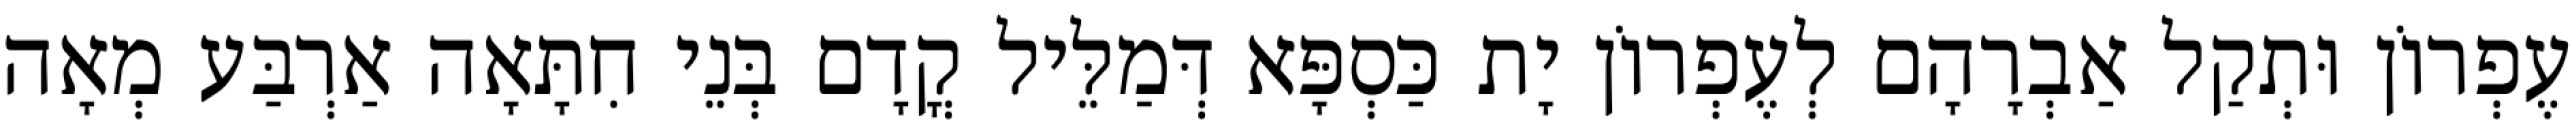
עֶפְרוֹן וּתְקַל אַבְרָהָם לְעֶפְרוֹן יָת כַּסְפָּא דְּמַלֵּיל קֳדָם בְּנֵי חִתָּאָה אַרְבַּע מְאָה